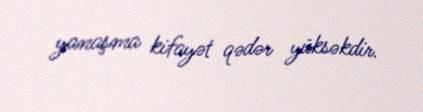
yanaşma kifayət qədər yüksəkdir.